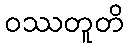
ဝဿတူတိ